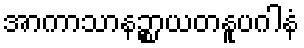
အာကာသာနဉ္စာယတနူပဂါနံ